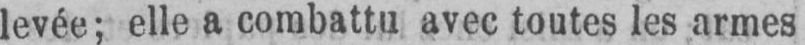
levée; elle a combattu avec toutes les armes